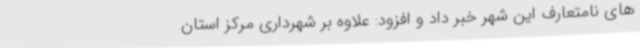
های نامتعارف این شهر خبر داد و افزود: علاوه بر شهرداری مرکز استان